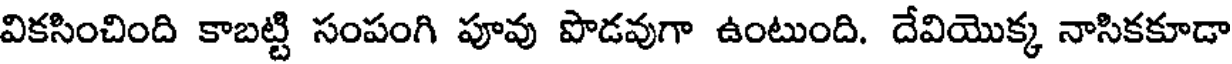
వికసించింది కాబట్టి సంపంగి పూవు పొడవుగా ఉంటుంది. దేవియొక్క నాసికకూడా